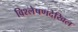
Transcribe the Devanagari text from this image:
विश्लेषणदेखिल